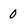
Character: 0